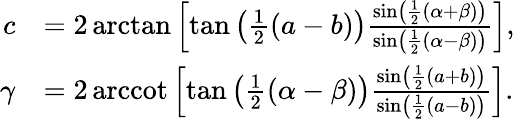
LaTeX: {\begin{array}{rl}{c}&{=2\arctan\left[\tan\left({\frac{1}{2}}(a-b)\right){\frac{\sin\left({\frac{1}{2}}(\alpha+\beta)\right)}{\sin\left({\frac{1}{2}}(\alpha-\beta)\right)}}\right],}\\ {\gamma}&{=2\operatorname{arccot}\left[\tan\left({\frac{1}{2}}(\alpha-\beta)\right){\frac{\sin\left({\frac{1}{2}}(a+b)\right)}{\sin\left({\frac{1}{2}}(a-b)\right)}}\right].}\end{array}}